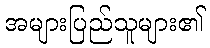
အများပြည်သူများ၏